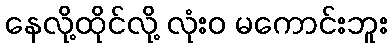
နေလို့ထိုင်လို့ လုံးဝ မကောင်းဘူး